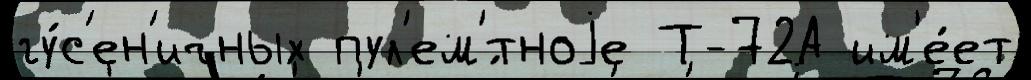
гу́с'ен'ичных пул'ем'́тноjе Т-72А им'е́ет